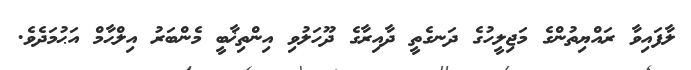
ލާފައިވާ ރައްޔިތުންގެ މަޖިލީހުގެ ދަނގެތީ ދާއިރާގެ ދޫހަލުވި އިންތިޚާބީ މެންބަރު އިލްޙާމް އަޙުމަދެވެ.